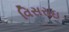
વિસરાઇ